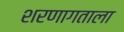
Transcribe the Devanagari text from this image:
शरणागताला